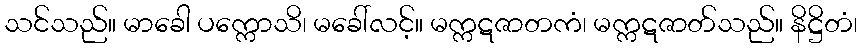
သင်သည်။ မာခေါ ပက္ကောသိ၊ မခေါ်လင့်။ မက္ကဋဇာတကံ၊ မက္ကဋဇာတ်သည်။ နိဋ္ဌိတံ၊